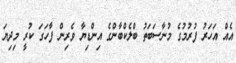
އެއް އަހަރު ފުރުމުގެ މުނާސަބަތު ބްލެކްބާންގެ އިންޑިޔާ ވެރިން ފާހަގަ ކުރީ މިދިޔަ